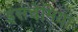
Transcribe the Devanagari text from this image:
इसचेमिया